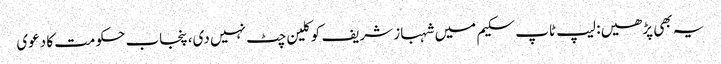
یہ بھی پڑھیں: لیپ ٹاپ سکیم میں شہباز شریف کو کلین چٹ نہیں دی، پنجاب حکومت کا دعوی